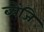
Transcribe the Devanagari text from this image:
ब्येंजि